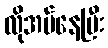
လိုအပ်နေပြီး